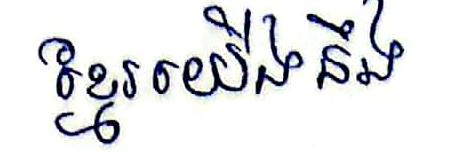
ខ្មែរយើងនឹង